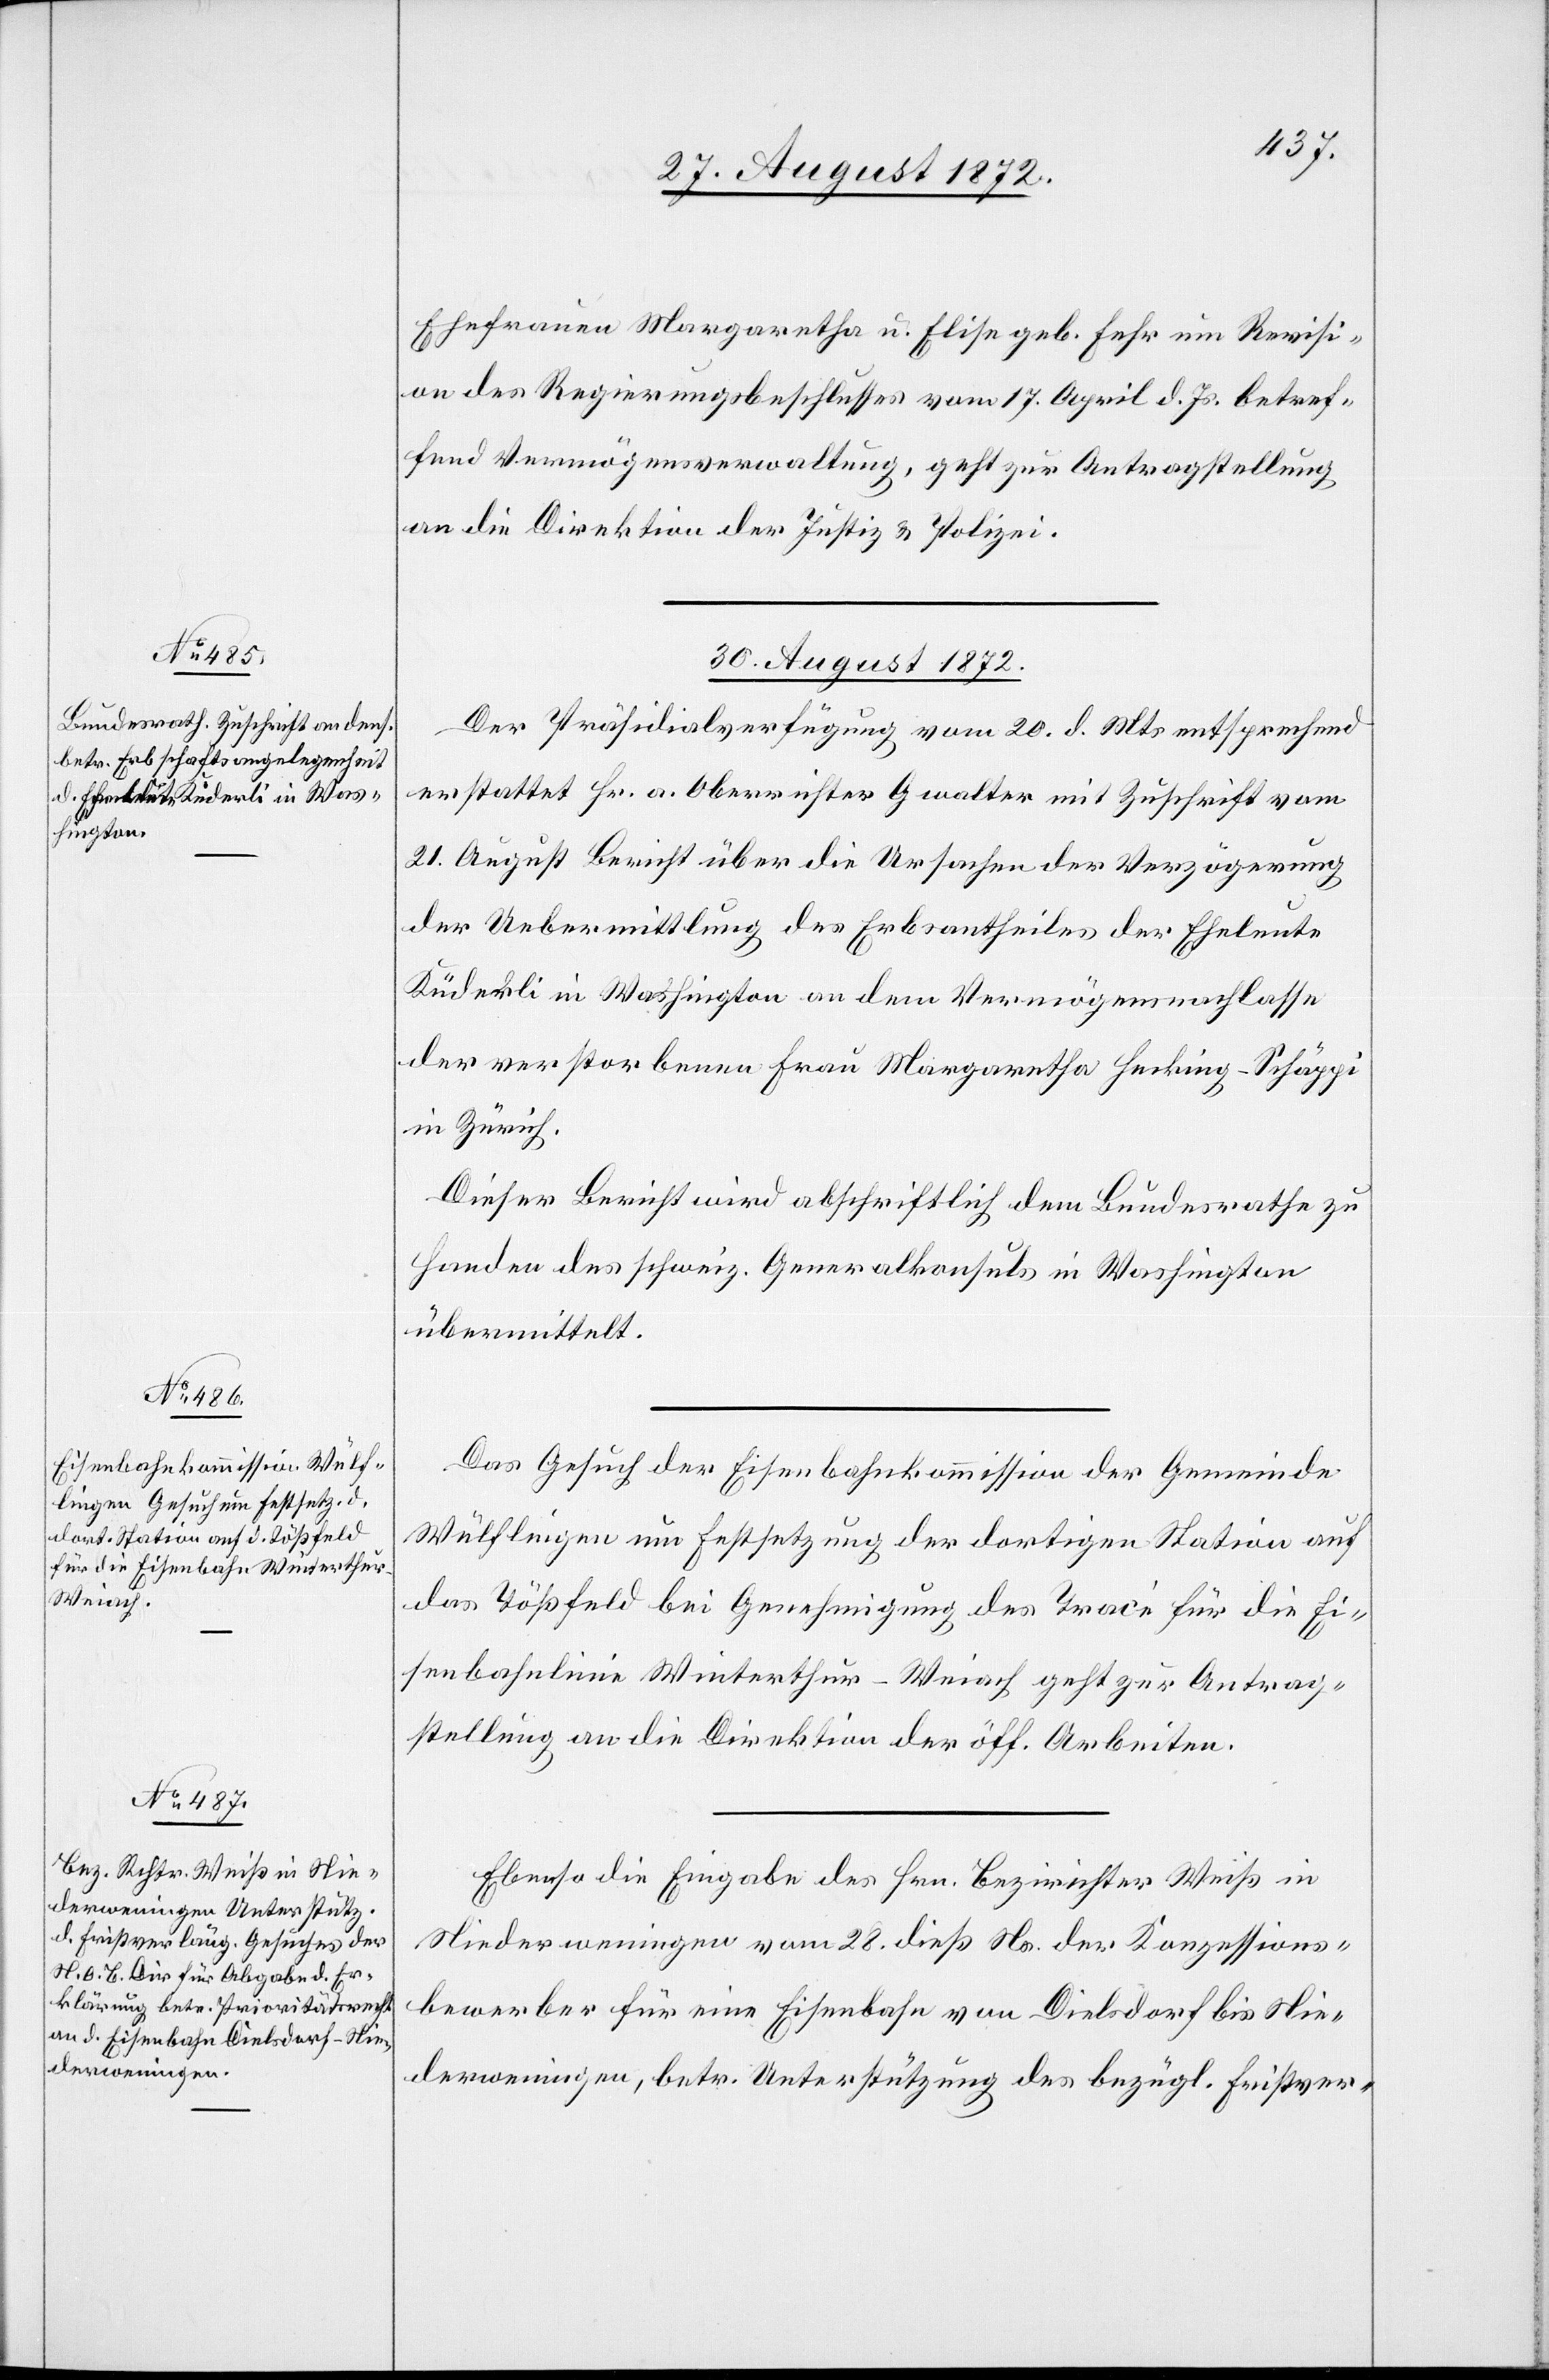
Ehefrauen Margaretha u. Elise geb. Fehr ein Revisi¬
on des Regierungsbeschlusses vom 17. April d. Js. betref¬
fend Vermögensverwaltung, geht zur Antragstellung
an die Direktion der Justiz u. Polizei.
30. August 1872.]
Der Präsidialverfügung vom 20. d. Mts. entsprechend
erstattet Hr. a. Oberrichter Gwalter mit Zuschrift vom
21. August Bericht über die Ursachen der Verzögerung
der Uebermittlung des Erbsantheiles der Eheleute
Küderli in Washington an dem Vermögensnachlasse
der verstorbenen Frau Margaretha Hecking-Schäppi
in Zürich.
Dieser Bericht wird abschriftlich dem Bundesrathe zu
Handen des schweiz. Generalkonsuls in Washington
übermittelt.
Das Gesuch der Eisenbahnkommission der Gemeinde
Wülflingen um Festsetzung der dortigen Station auf
das Tößfeld bei Genehmigung des Tracé für die Ei¬
senbahnlinie Winterthur–Weiach geht zur Antrag¬
stellung an die Direktion der öff. Arbeiten.
Ebenso die Eingabe des Hrn. Bezirksrichter Weiß in
Niederweningen vom 28. dieß Ns. der Konzessions¬
bewerber für eine Eisenbahn von Dielsdorf bis Nie¬
derweningen, betr. Unterstützung des bezügl. Fristver-